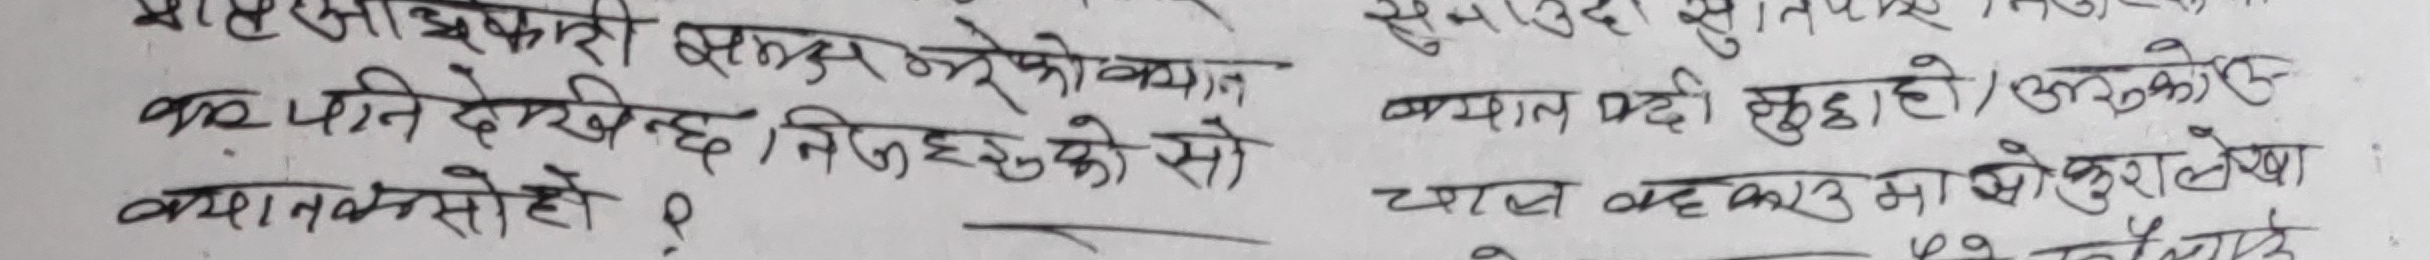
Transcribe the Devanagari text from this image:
शासक अधिकारी भक्तजनलेको ध्यान
कम पनि देखिन्छ, निजहरुको सो
कथन कसो हो ?
समझदारी सुनीत पनि यसो भन्न सकिन्न
ख्याल परो सुद्धा हो । अरुको
चाल बकथु मासे खुरा लेखा